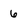
Character: 6